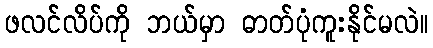
ဖလင်လိပ်ကို ဘယ်မှာ ဓာတ်ပုံကူးနိုင်မလဲ။